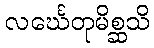
လင်္ဃေတုမိစ္ဆသိ